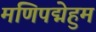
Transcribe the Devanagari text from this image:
मणिपद्मेहुम